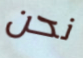
نحن